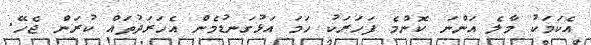
އެކަމަކު މާލެ އަންނަ ކޮންމެ ފަހަރަކު ހަމަ އަޅުގަނޑުމެން އެހަރަދުތައް ކުރަން ޖެހޭ.